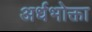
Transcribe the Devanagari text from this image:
अर्धभोक्ता